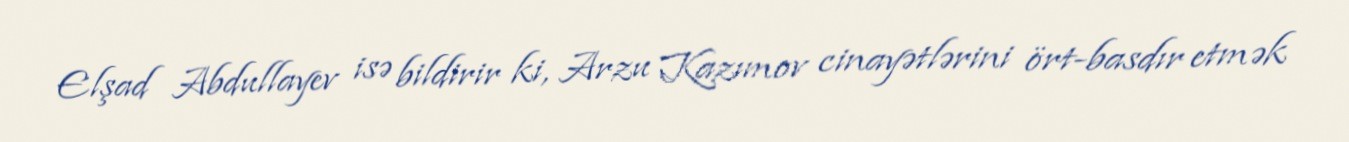
Elşad Abdullayev isə bildirir ki, Arzu Kazımov cinayətlərini ört-basdır etmək